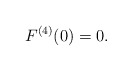
\begin{align*}F^{(4)}(0)=0.\end{align*}